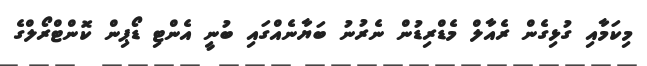
މިކަމާއި ގުޅިގެން ރެއާލް މެޑްރިޑުން ނެރުނު ބަޔާނެއްގައި ބުނީ އެންޓި ޑޯޕިން ކޮންޓްރޯލްގެ